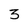
Character: 3